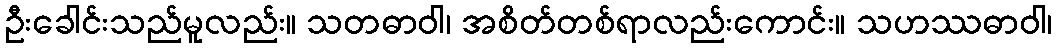
ဦးခေါင်းသည်မူလည်း။ သတဓာဝါ၊ အစိတ်တစ်ရာလည်းကောင်း။ သဟဿဓာဝါ၊